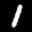
Label: 1